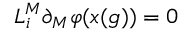
L _ { i } ^ { M } \partial _ { M } \varphi ( x ( g ) ) = 0